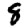
Digit: 8